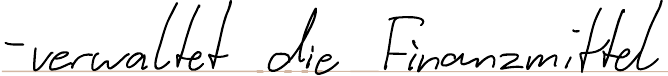
- verwaltet die Finanzmittel